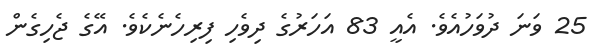
25 ވަނަ ދުވަހުއެވެ. އެއީ 83 އަހަރުގެ ދިވެހި ފިރިހެނެކެވެ. އޭގެ ޖެހިގެން